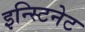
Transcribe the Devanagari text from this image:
इन्स्टिनेट